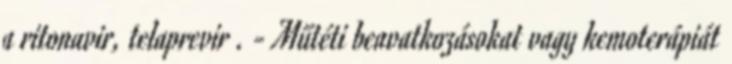
a ritonavir, telaprevir . - Műtéti beavatkozásokat vagy kemoterápiát